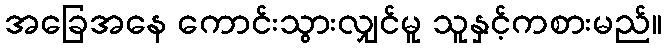
အခြေအနေ ကောင်းသွားလျှင်မူ သူနှင့်ကစားမည်။